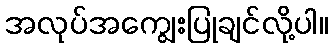
အလုပ်အကျွေးပြုချင်လို့ပါ။